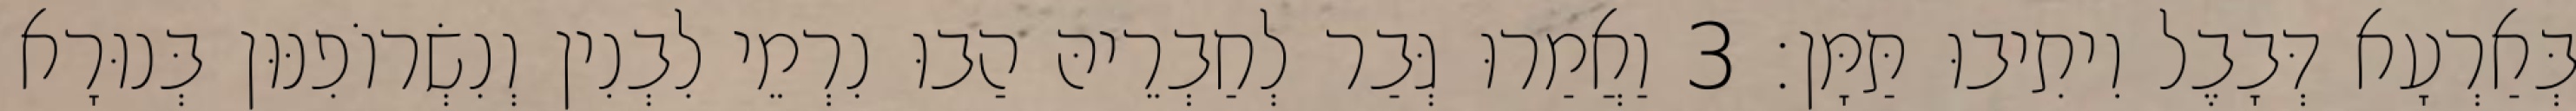
בְּאַרְעָא דְּבָבֶל וִיתִיבוּ תַּמָּן׃ 3 וַאֲמַרוּ גְּבַר לְחַבְרֵיהּ הַבוּ נִרְמֵי לִבְנִין וְנִשְׂרוֹפִנּוּן בְּנוּרָא